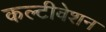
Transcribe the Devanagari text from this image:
कल्टीवेशन